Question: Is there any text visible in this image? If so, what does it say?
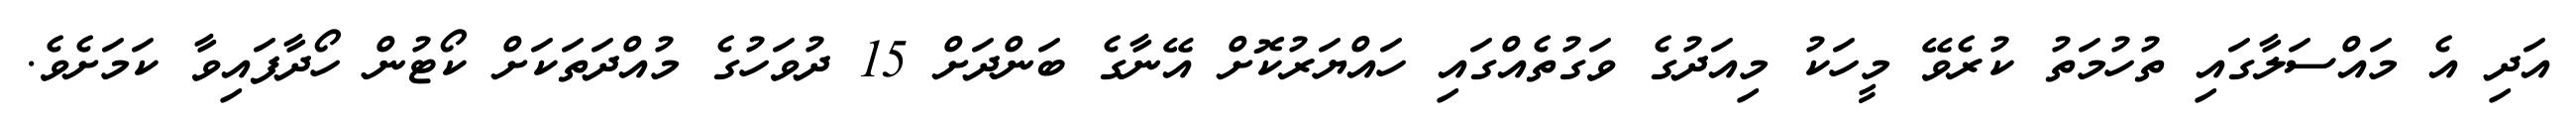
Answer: އަދި އެ މައްސަލާގައި ތުހުމަތު ކުރެވޭ މީހަކު މިއަދުގެ ވަގުތެއްގައި ހައްޔަރުކޮށް އޭނާގެ ބަންދަށް 15 ދުވަހުގެ މުއްދަތަކަށް ކޯޓުން ހޯދާފައިވާ ކަމަށެވެ.